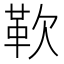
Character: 𩉢